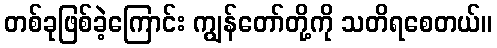
တစ်ခုဖြစ်ခဲ့ကြောင်း ကျွန်တော်တို့ကို သတိရစေတယ်။